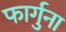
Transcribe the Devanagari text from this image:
फार्गुना